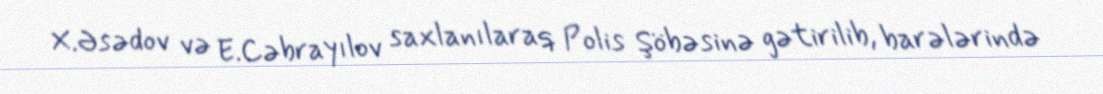
X.Əsədov və E.Cəbrayılov saxlanılaraq Polis Şöbəsinə gətirilib, barələrində